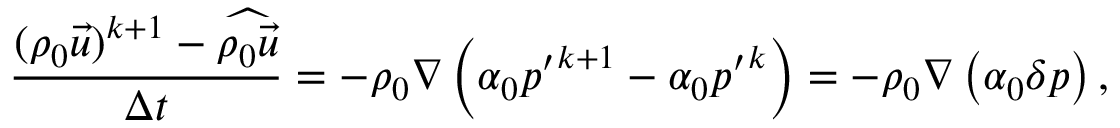
\frac { ( \rho _ { 0 } \vec { u } ) ^ { k + 1 } - \widehat { \rho _ { 0 } \vec { u } } } { \Delta t } = - \rho _ { 0 } \nabla \left( \alpha _ { 0 } { p ^ { \prime } } ^ { k + 1 } - \alpha _ { 0 } { p ^ { \prime } } ^ { k } \right) = - \rho _ { 0 } \nabla \left( \alpha _ { 0 } \delta p \right) ,